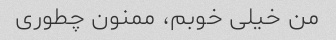
من خیلی خوبم، ممنون چطوری